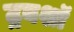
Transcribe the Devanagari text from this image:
ट्रबशॉ